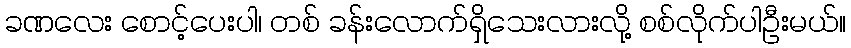
ခဏလေး စောင့်ပေးပါ၊ တစ် ခန်းလောက်ရှိသေးလားလို့ စစ်လိုက်ပါဦးမယ်။